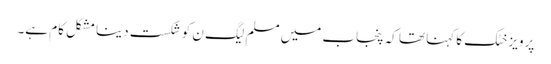
پرویز خٹک کا کہنا تھا کہ پنجاب میں مسلم لیگ ن کو شکست دینا مشکل کام ہے۔